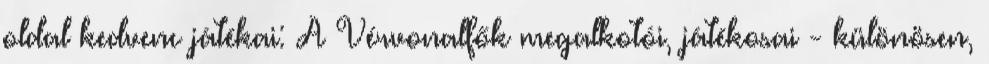
oldal kedvenc játékai: A Vérvonalfők megalkotói, játékosai - különösen,